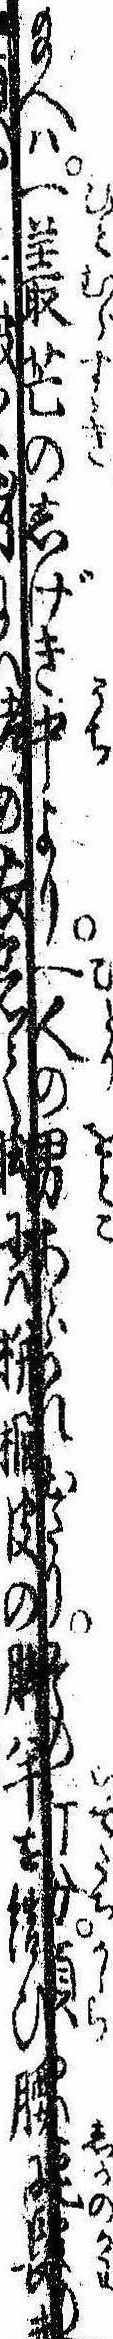
給へは一叢芒のしげき中より一人の男あらはれ出たりその打扮頭には鹿皮の